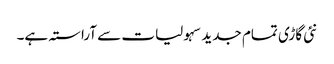
نئی گاڑی تمام جدید سہولیات سے آراستہ ہے۔